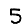
Digit: 5